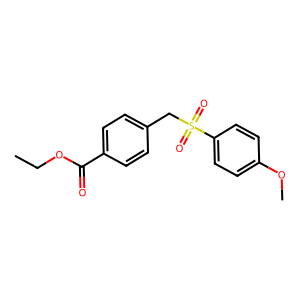
SMILES: CCOC(=O)c1ccc(CS(=O)(=O)c2ccc(OC)cc2)cc1
Inhibits HIV replication: No